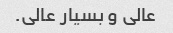
عالی و بسیار عالی.